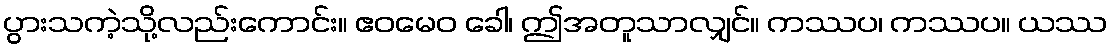
ပွားသကဲ့သို့လည်းကောင်း။ ဧဝမေဝ ခေါ၊ ဤအတူသာလျှင်။ ကဿပ၊ ကဿပ။ ယဿ